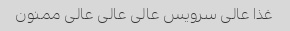
غذا عالی سرویس عالی عالی عالی ممنون